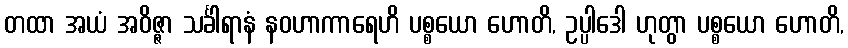
တထာ အယံ အဝိဇ္ဇာ သင်္ခါရာနံ နဝဟာကာရေဟိ ပစ္စယော ဟောတိ, ဥပ္ပါဒေါ ဟုတွာ ပစ္စယော ဟောတိ,